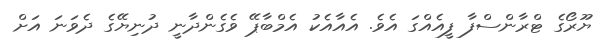
ޔޫރޯގެ ޓްރާންސްފާ ފީއެއްގަ އެވެ. އެއާއެކު އެމްބާޕޭ ވެގެންދާނީ ދުނިޔޭގެ ދެވަނަ އަށް